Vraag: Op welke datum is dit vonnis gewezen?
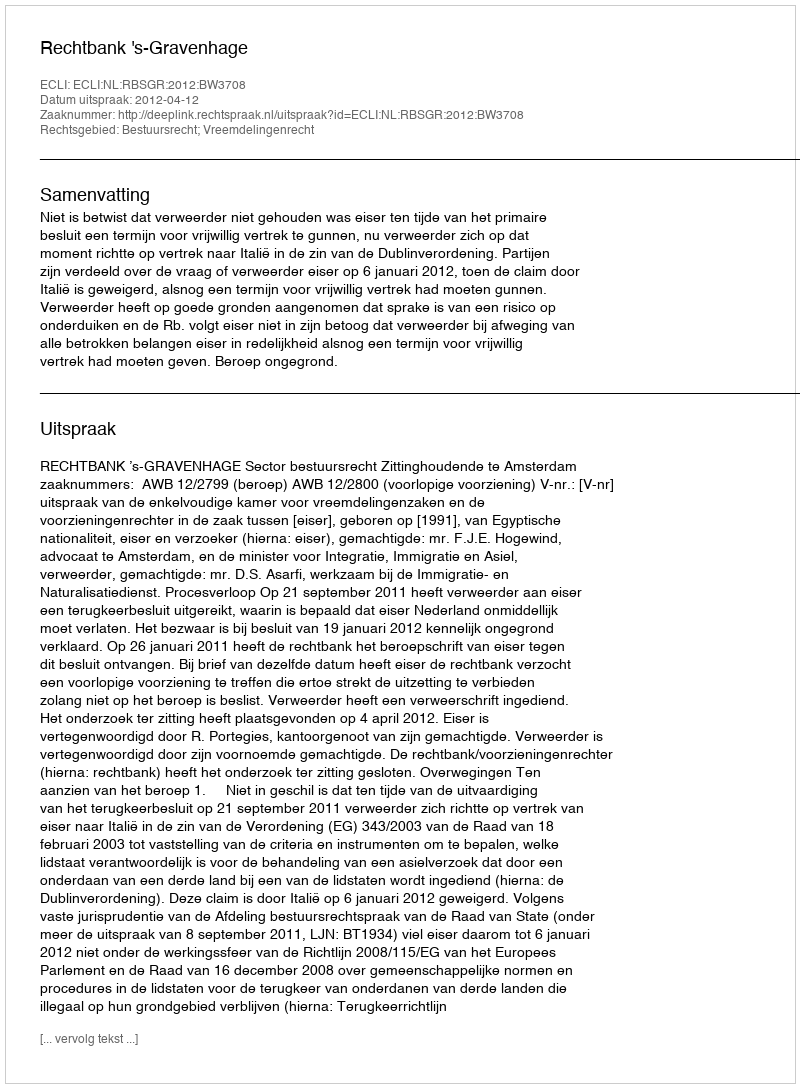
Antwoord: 2012-04-12